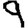
Digit: 9